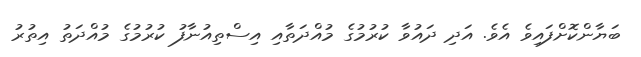
ބަޔާންކޮށްފައިވެ އެވެ. އަދި ދައުވާ ކުރުމުގެ މުއްދަތާއި އިސްތިއުނާފު ކުރުމުގެ މުއްދަތު އިތުރު